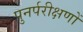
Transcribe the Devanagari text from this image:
पुनर्परीक्षणों